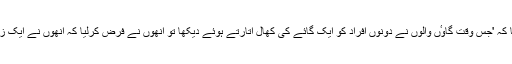
پولیس عہدیدار نے بتایا کہ 'جس وقت گاوٴں والوں نے دونوں افراد کو ایک گائے کی کھال اتارتے ہوئے دیکھا تو انھوں نے فرض کرلیا کہ انھوں نے ایک زندہ جانور کو کاٹا ہے'۔